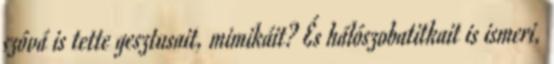
szóvá is tette gesztusait, mimikáit? És hálószobatitkait is ismeri,